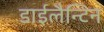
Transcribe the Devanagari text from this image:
डाईलैन्टिन